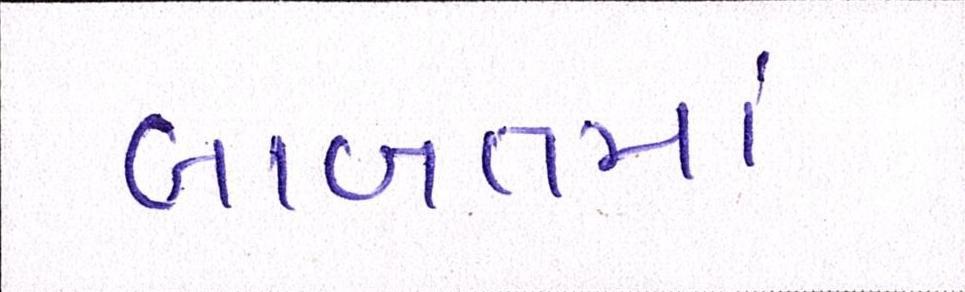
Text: બાબતમાં